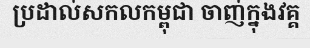
ប្រដាល់សកលកម្ពុជា ចាញ់ក្នុងវគ្គ